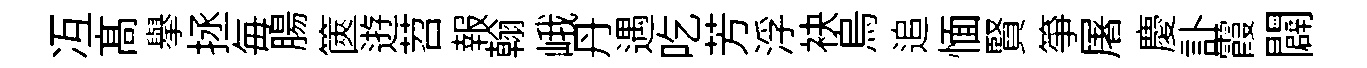
冱髙舉拯毎腸篋逰苕報翰峨丹遇吃芳浮袂烏追愐賢箏屠慶訃霞闢